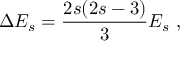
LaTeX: \Delta E _ { s } = \frac { 2 s ( 2 s - 3 ) } { 3 } E _ { s } \ ,